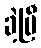
ခဲ့ပြီ